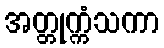
အတ္တုက္ကံသကာ